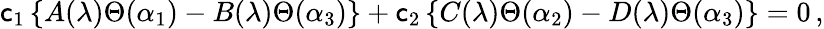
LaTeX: \mathsf{c}_{1}\left\{ A(\lambda)\Theta(\alpha_{1})-B(\lambda)\Theta(\alpha_{3})\right\} +\mathsf{c}_{2}\left\{ C(\lambda)\Theta(\alpha_{2})-D(\lambda)\Theta(\alpha_{3})\right\} =0\, ,